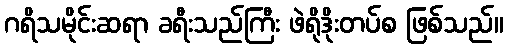
ဂရိသမိုင်းဆရာ ခရီးသည်ကြီး ဖဲရိုဒိုးတပ်စ ဖြစ်သည်။